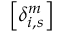
\left[ \delta _ { i , s } ^ { m } \right]